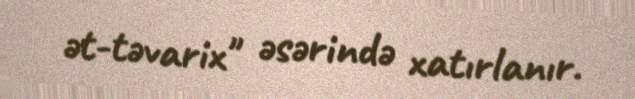
ət-təvarix" əsərində xatırlanır.